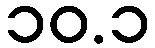
၁၀.၁